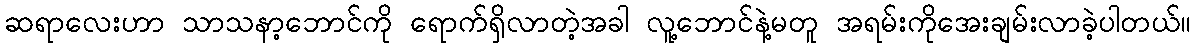
ဆရာလေးဟာ သာသနာ့ဘောင်ကို ရောက်ရှိလာတဲ့အခါ လူ့ဘောင်နဲ့မတူ အရမ်းကိုအေးချမ်းလာခဲ့ပါတယ်။